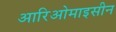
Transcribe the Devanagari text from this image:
आरिओमाइसीन